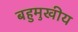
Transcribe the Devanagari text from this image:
बहुमुखीय